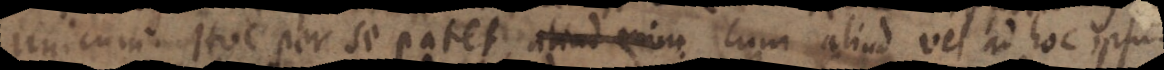
unicum. Itoc per se patet aliud mim cum aliud vel ad hoc ipsum